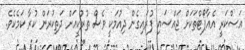
އަސްކަރީ އެއާޕޯޓްތަކަށް ޖައްސައި ފުރައިގެން ދިއުމަކީ ވެސް ތުރުކީއަށް ދަތިކުރަން ކުރާ ކަމެކެވެ.